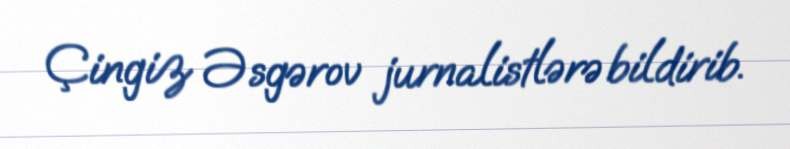
Çingiz Əsgərov jurnalistlərə bildirib.